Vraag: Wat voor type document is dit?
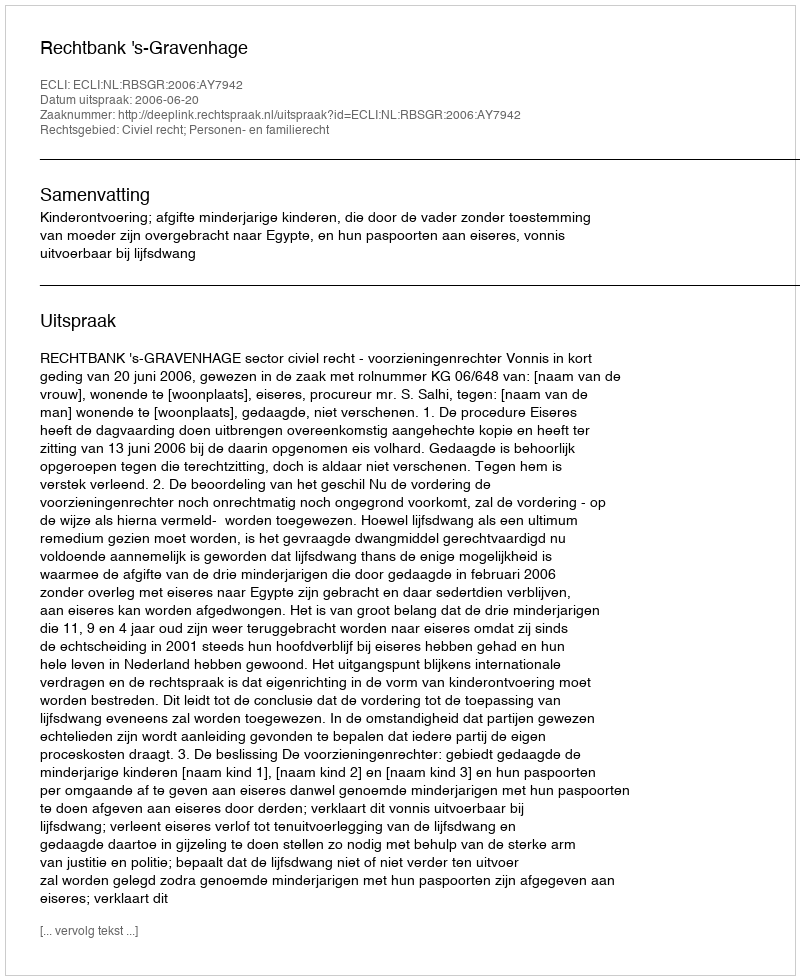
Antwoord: Uitspraak